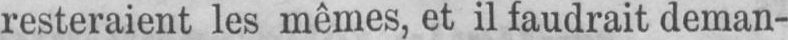
resteraient les mêmes, et il faudrait deman-